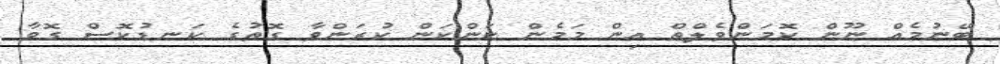
ބޭނުމެއް ނޫން ކޮމަންވެލްތް އިން މަމެން ކަންކަން ކުރަންވާ ގޮތުގެ ކަނޑުކޮސް ގޮވާ